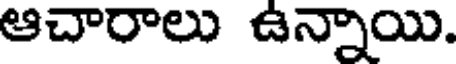
ఆచారాలు ఉన్నాయి.